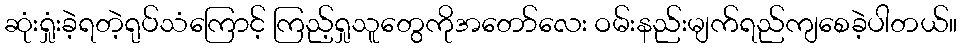
ဆုံးရှုံးခဲ့ရတဲ့ရုပ်သံကြောင့် ကြည့်ရှုသူတွေကိုအတော်လေး ဝမ်းနည်းမျက်ရည်ကျစေခဲ့ပါတယ်။